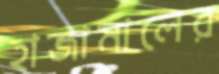
হাজামালের